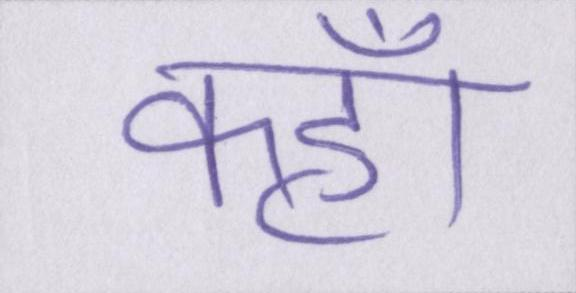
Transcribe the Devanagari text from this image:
कहॉं